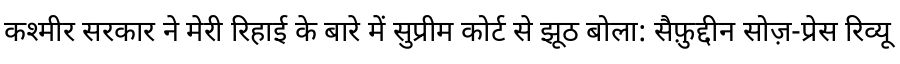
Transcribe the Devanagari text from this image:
कश्मीर सरकार ने मेरी रिहाई के बारे में सुप्रीम कोर्ट से झूठ बोला: सैफ़ुद्दीन सोज़-प्रेस रिव्यू